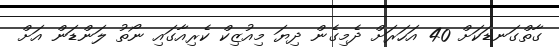
ގާތްގަނޑަކަށް 40 އަހަރަށް ދެމިގެން ދިޔަ މިއުޒިކް ކެރިއާގައި ނޯތު ލަންޑަން އަށް